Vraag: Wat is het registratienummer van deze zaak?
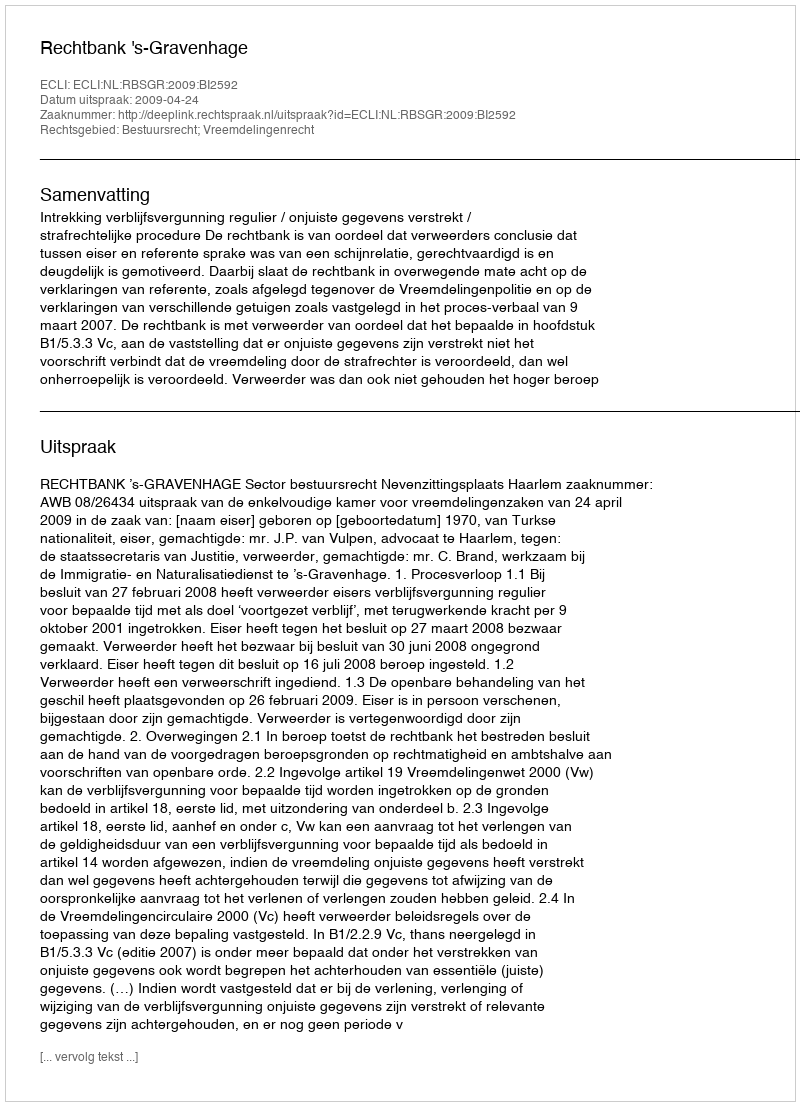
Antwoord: http://deeplink.rechtspraak.nl/uitspraak?id=ECLI:NL:RBSGR:2009:BI2592